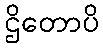
ဌိတောပိ